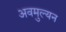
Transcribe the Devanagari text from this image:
अवमुल्यन